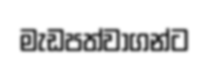
මැඩපත්වාගන්ට